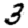
Digit: 3